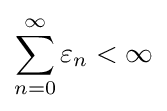
\sum _{n=0}^{\infty }\varepsilon _{n}<\infty